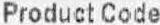
PRODUCT CODE